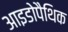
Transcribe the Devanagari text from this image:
आइडोपैथिक